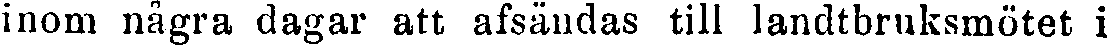
inom några dagar att afsändas till landtbruksmötet i